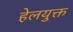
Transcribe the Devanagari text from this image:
हेलयुक्त